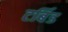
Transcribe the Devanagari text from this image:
टर्बिड